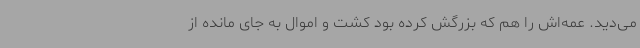
می‌دید. عمه‌اش را هم که بزرگش کرده بود کشت و اموال به جای مانده از